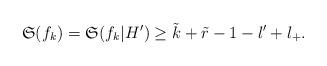
LaTeX: \begin{align*} \mathfrak{S}(f_k)=\mathfrak{S}(f_k|H^{\prime}) \geq \tilde{k}+\tilde{r}-1-l^{\prime}+l_{+}.\end{align*}